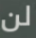
لن